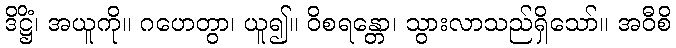
ဒိဋ္ဌိံ၊ အယူကို။ ဂဟေတွာ၊ ယူ၍။ ဝိစရန္တော၊ သွားလာသည်ရှိသော်။ အဝီစိ